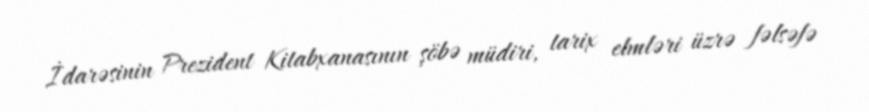
İdarəsinin Prezident Kitabxanasının şöbə müdiri, tarix elmləri üzrə fəlsəfə